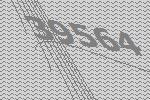
39564